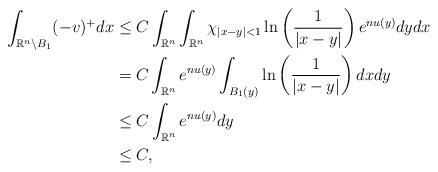
LaTeX: \begin{align*}\int_{\mathbb{R}^n\backslash B_1}(-v)^+ dx&\leq C \int_{\mathbb{R}^n}\int_{\mathbb{R}^n}\chi_{|x-y|<1} \ln \left(\frac{1}{|x-y|}\right)e^{nu(y)}dydx\\&= C\int_{\mathbb{R}^n} e^{nu(y)} \int_{B_1(y)}\ln \left( \frac{1}{|x-y|}\right) dxdy\\&\leq C \int_{\mathbb{R}^n} e^{nu(y)} dy\\&\leq C,\end{align*}